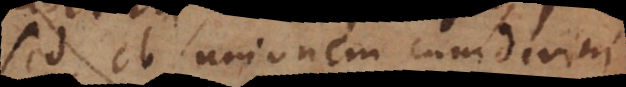
sed ob unionem cum divinitate,